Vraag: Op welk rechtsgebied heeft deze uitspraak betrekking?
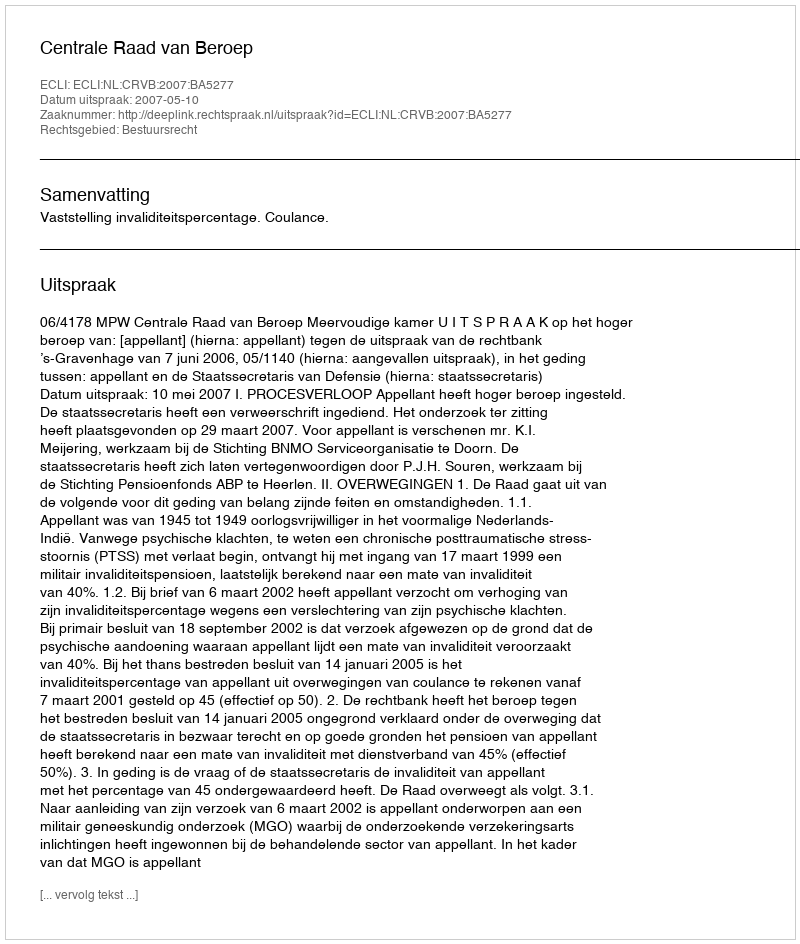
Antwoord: Bestuursrecht